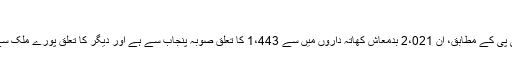
"
ایس بی پی کے مطابق، ان 2،021 بدمعاش کھاتہ داروں میں سے 1،443 کا تعلق صوبہ پنجاب سے ہے اور دیگر کا تعلق پورے ملک سے ہے۔